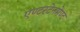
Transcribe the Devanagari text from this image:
एण्टरटेनमेण्ट